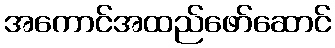
အကောင်အထည်ဖော်ဆောင်